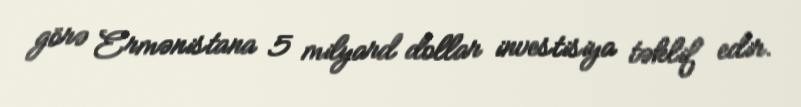
görə Ermənistana 5 milyard dollar investisiya təklif edir.